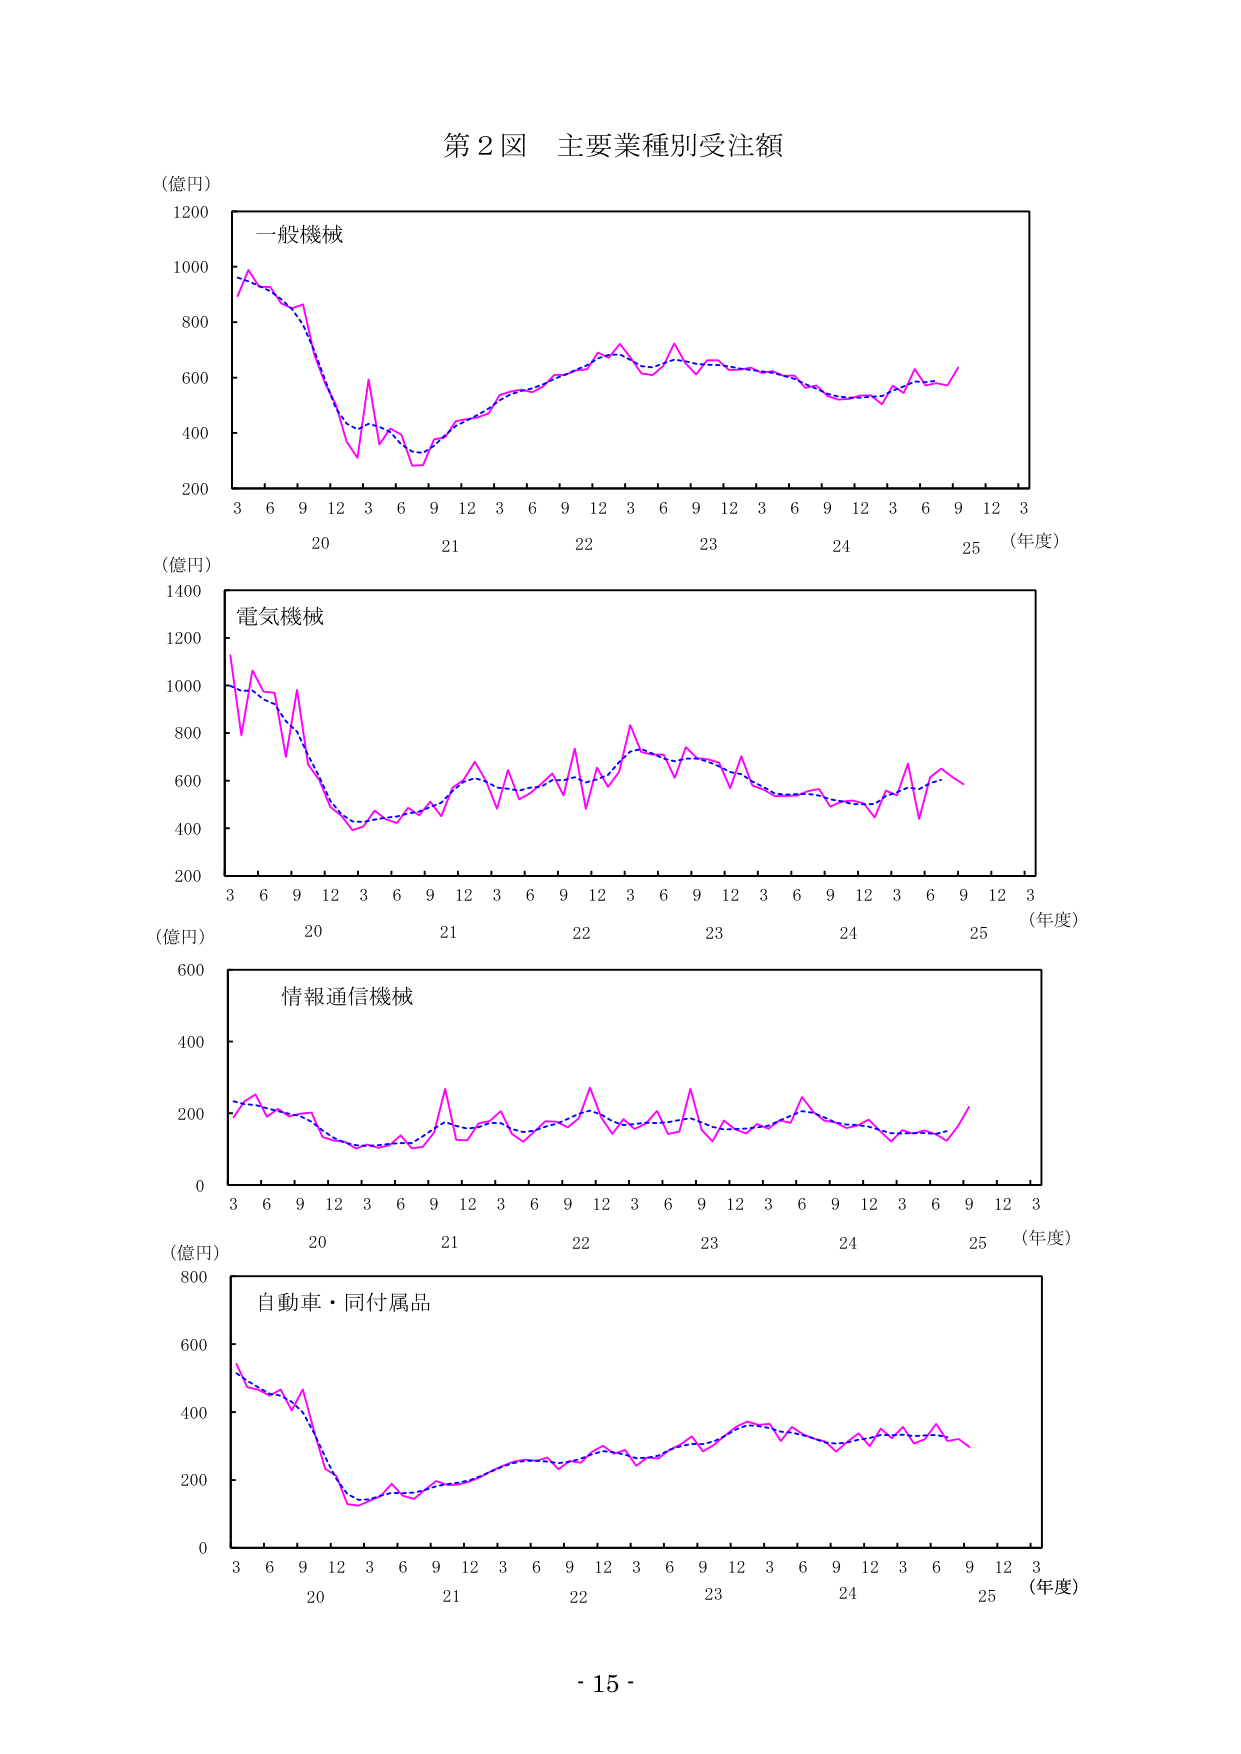
第２図 主要業種別受注額

（億円）
1200
一般機械
1000
800
600
400
200
3 6 9 12 3 6 9 12 3 6 9 12 3 6 9 12 3 6 9 12 3
20 21 22 23 24 25 （年度）

（億円）
1400
電気機械
1200
1000
800
600
400
200
3 6 9 12 3 6 9 12 3 6 9 12 3 6 9 12 3 6 9 12 3
20 21 22 23 24 25 （年度）

（億円）
600
情報通信機械
400
200
0
3 6 9 12 3 6 9 12 3 6 9 12 3 6 9 12 3 6 9 12 3
20 21 22 23 24 25 （年度）

（億円）
800
自動車・同付属品
600
400
200
0
3 6 9 12 3 6 9 12 3 6 9 12 3 6 9 12 3 6 9 12 3
20 21 22 23 24 25 （年度）

- 15 -